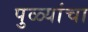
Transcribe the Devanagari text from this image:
पुळ्यांचा